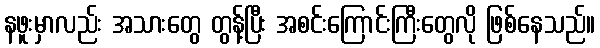
နဖူးမှာလည်း အသားတွေ တွန့်ပြီး အစင်းကြောင်းကြီးတွေလို ဖြစ်နေသည်။